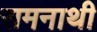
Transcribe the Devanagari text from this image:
रामनाथी